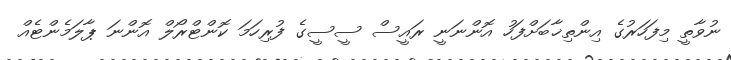
ނުވާތީ މިފަހަރުގެ އިންތިޚާބަށްފަހު އޮންނަނީ ރައީސް ސީސީގެ ފުރިހަމަ ކޮންޓްރޯލް އޮންނަ ޕާލަމެންޓެއް